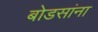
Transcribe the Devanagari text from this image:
बोडसांना